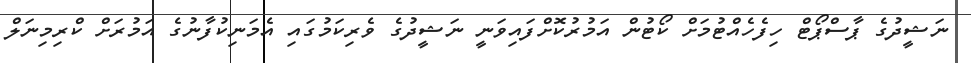
ނަޝީދުގެ ޕާސްޕޯޓް ހިފެހެއްޓުމަށް ކޯޓުން އަމުރުކޮށްފައިވަނީ ނަޝީދުގެ ވެރިކަމުގައި އެމަނިކުފާނުގެ އަމުރަށް ކްރިމިނަލް